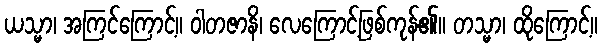
ယသ္မာ၊ အကြင်ကြောင့်။ ဝါတဇာနိ၊ လေကြောင့်ဖြစ်ကုန်၏။ တသ္မာ၊ ထိုကြောင့်။